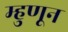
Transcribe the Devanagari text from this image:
म्हुणून